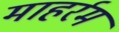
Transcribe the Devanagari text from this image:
माहर्रम